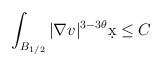
LaTeX: \begin{align*}&\int_{B_{1/2}} |\nabla v|^{3-3\theta} \d x \leq C\end{align*}